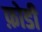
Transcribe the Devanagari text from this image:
फ़ोडी